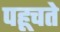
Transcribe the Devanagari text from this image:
पहूचते